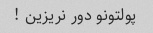
پولتونو دور نریزین !